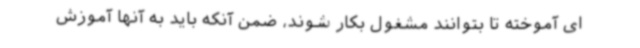
ای آموخته تا بتوانند مشغول بکار شوند، ضمن آنکه باید به آنها آموزش